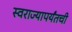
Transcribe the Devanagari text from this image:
स्वराज्यापर्यंतची